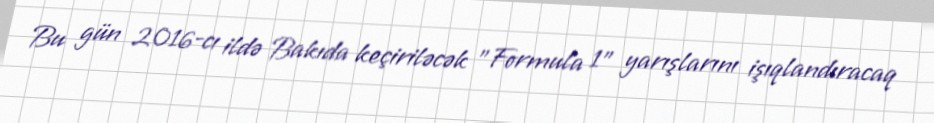
Bu gün 2016-cı ildə Bakıda keçiriləcək "Formula 1" yarışlarını işıqlandıracaq